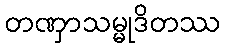
တဏှာသမ္မုဒိတဿ